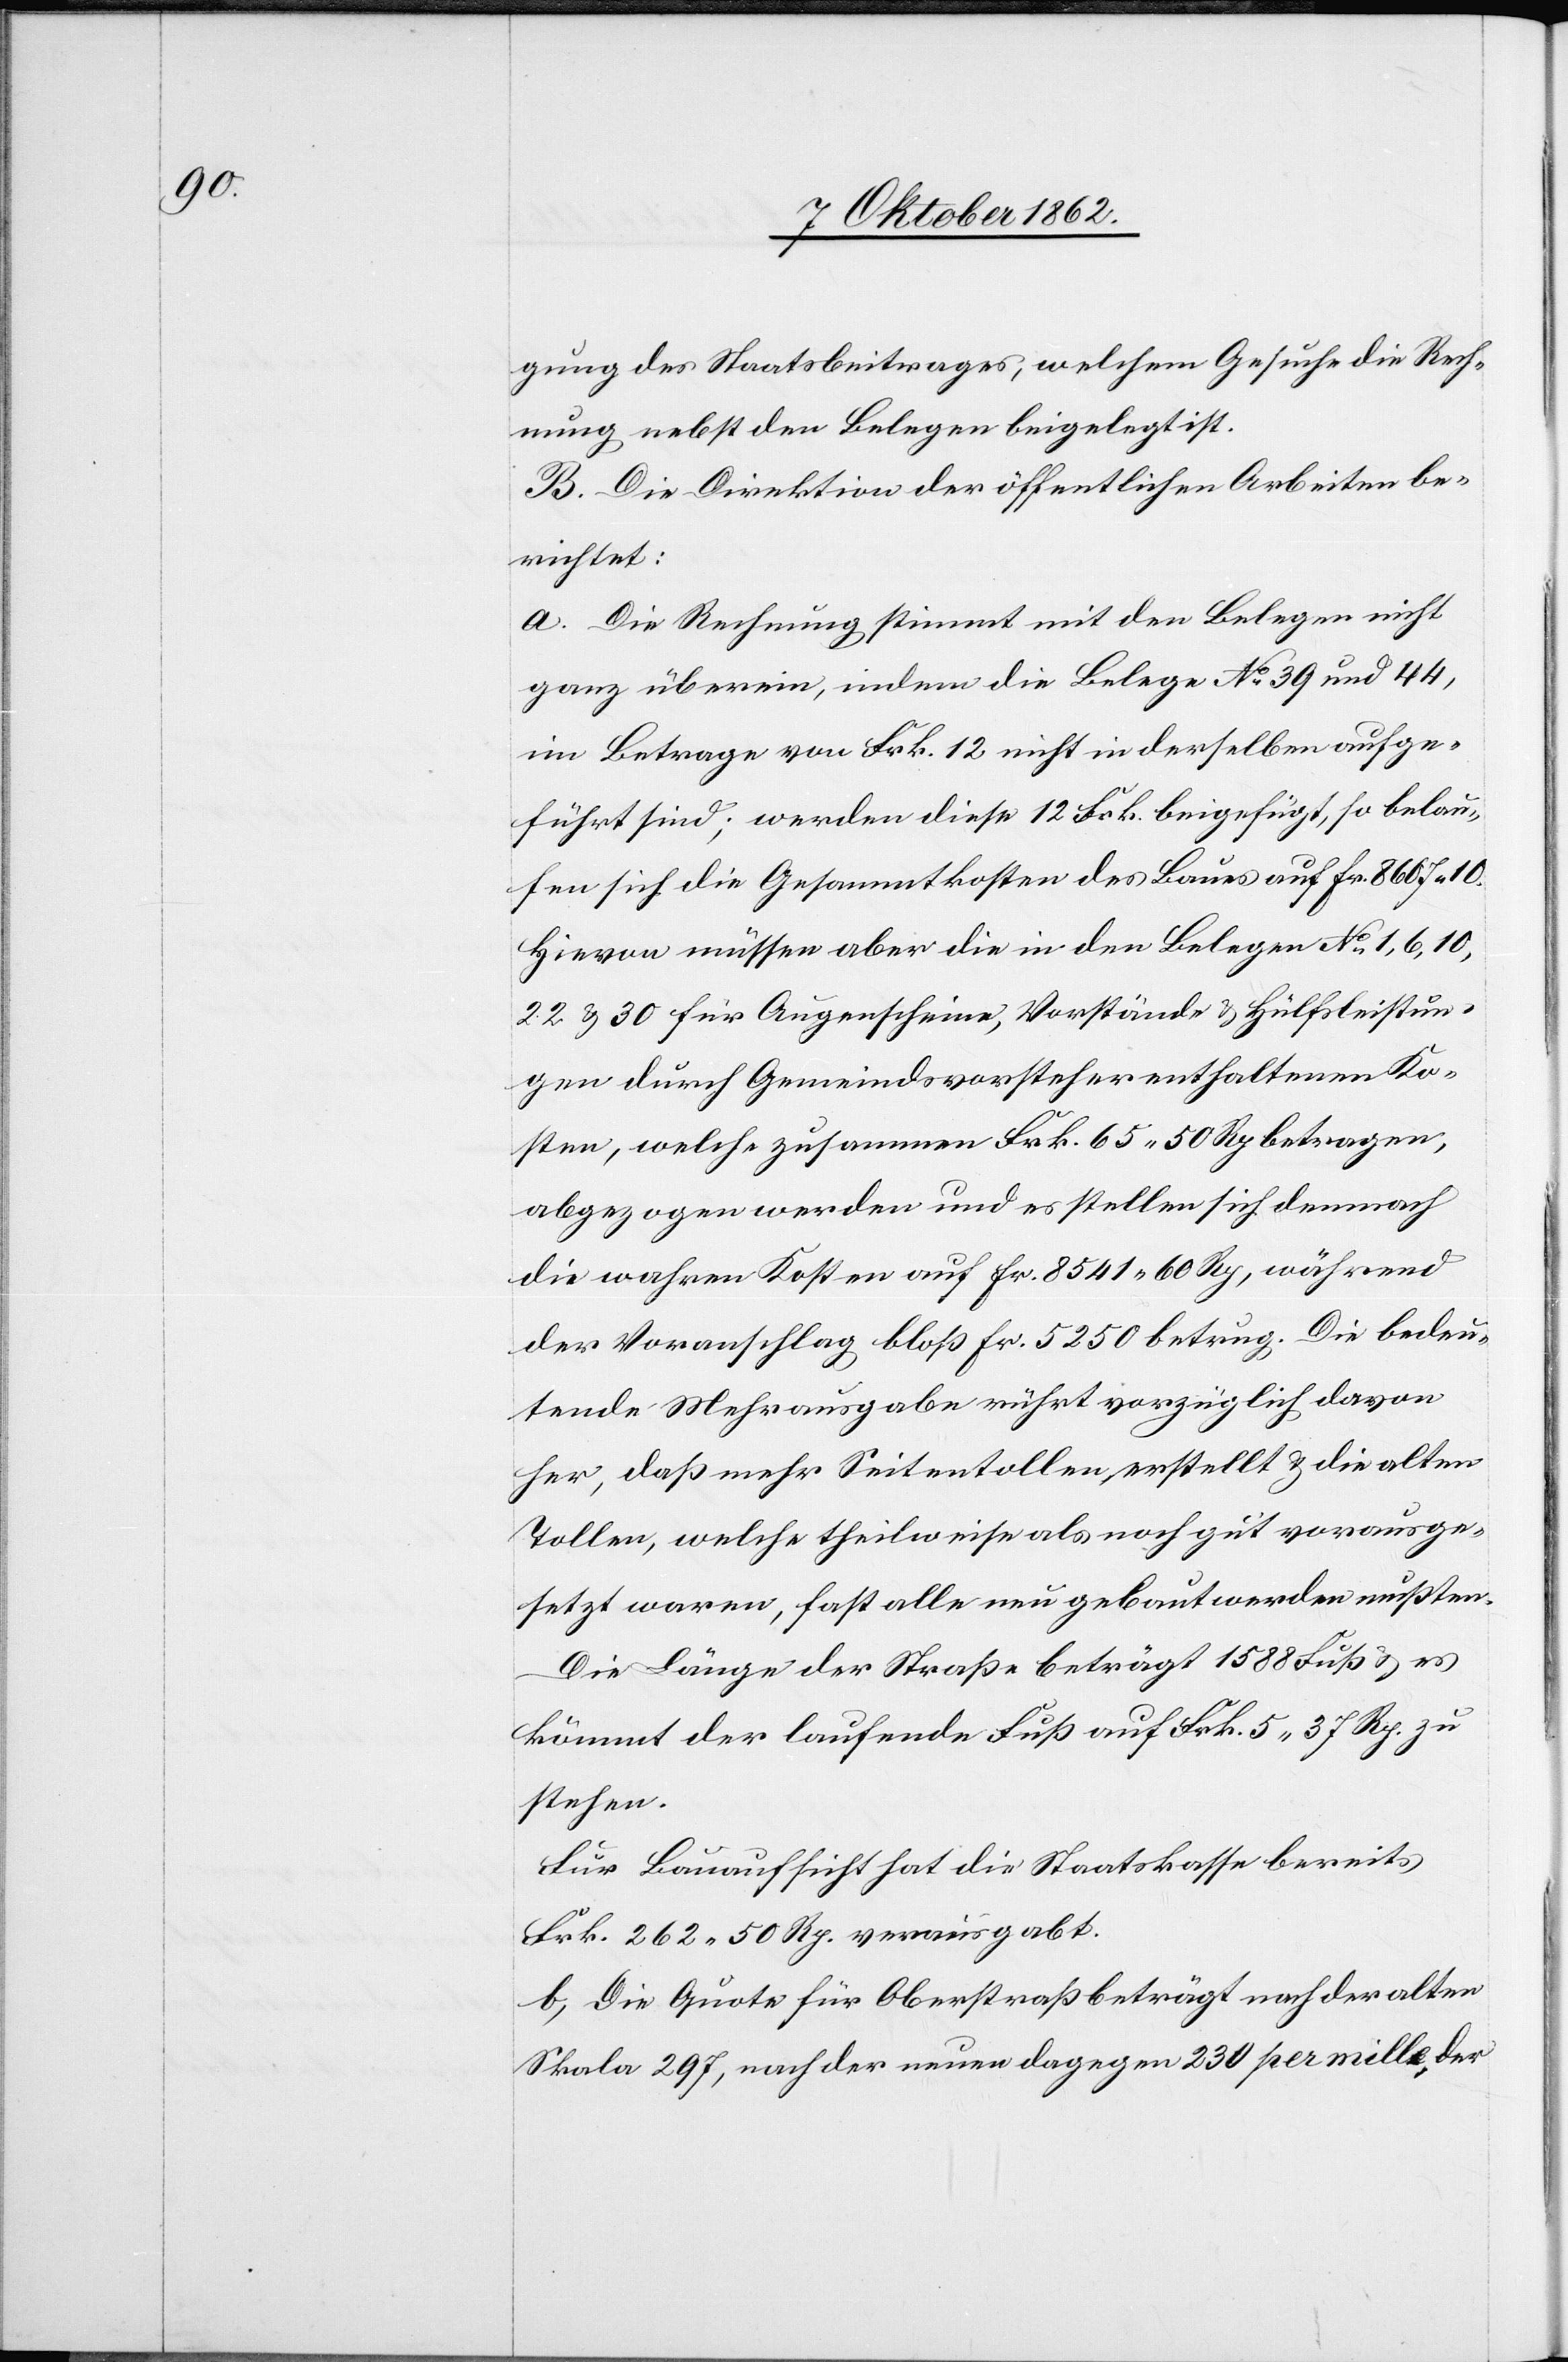
gung des Staatsbeitrages, welchem Gesuche die Rech¬
nung nebst den Belegen beigelegt ist.
B. Die Direktion der öffentlichen Arbeiten be¬
richtet:
a. Die Rechnung stimmt mit den Belegen nicht
ganz überein, indem die Belege No 39 und 44,
im Betrage von Frk. 12 nicht in derselben aufge¬
führt sind; werden diese 12 Frk. beigefügt, so belau¬
fen sich die Gesammtkosten des Baues auf Fr. 8607 10.
Hievon müssen aber die in den Belegen No 1, 6, 10,
22 u. 30 für Augenscheine, Vorstände u. Hülfsleistun¬
gen durch Gemeindsvorsteher enthaltenen Ko¬
sten, welche zusammen Frk. 65 50 Rp. betragen,
abgezogen werden und es stellen sich demnach
die wahren Kosten auf Fr. 8541 60 Rp., während
der Voranschlag bloß Fr. 5250 betrug. Die bedeu¬
tende Mehrausgabe rührt vorzüglich davon
her, daß mehr Seitentabellen erstellt u. die alten
Tollen, welche theilweise als noch gut vorausge¬
setzt waren, fast alle neu gebaut werden mußten.
Die Länge der Straße beträgt 1588 Fuß u. es
kömmt der laufende Fuß auf Frk. 5 37 Rp. zu
stehen.
Für Bauaufsicht hat die Staatskasse bereits
Frk. 262 50 Rp. verausgabt.
b. Die Quote für Oberstraß beträgt nach der alten
Skala 297, nach der neuen dagegen 230 per mille, der